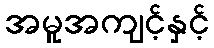
အမူအကျင့်နှင့်